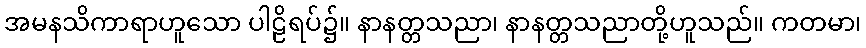
အမနသိကာရာဟူသော ပါဠိရပ်၌။ နာနတ္တသညာ၊ နာနတ္တသညာတို့ဟူသည်။ ကတမာ၊